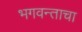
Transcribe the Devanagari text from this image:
भगवन्ताचा